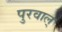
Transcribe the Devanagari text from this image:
पुरवाल्